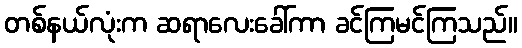
တစ်နယ်လုံးက ဆရာလေးခေါ်ကာ ခင်ကြမင်ကြသည်။